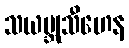
သယမ္ဘုသီဟေန